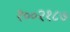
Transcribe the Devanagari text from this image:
१००२१८७